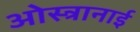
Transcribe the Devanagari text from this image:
ओस्त्रानाई